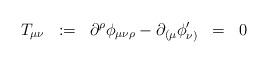
LaTeX: \begin{align*}T_{\mu\nu} \;\; :=\;\; \partial^{\rho} \phi_{\mu\nu\rho} - \partial_{( \mu} \phi^{\prime}_{\nu )} \;\; =\;\; 0\end{align*}